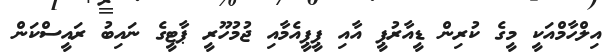
އިލްހާމްއަކީ މީގެ ކުރިން ޑީއާރުޕީ އާއި ޕީޕީއެމާއި ޖުމުހޫރީ ޕާޓީގެ ނައިބު ރައީސްކަން